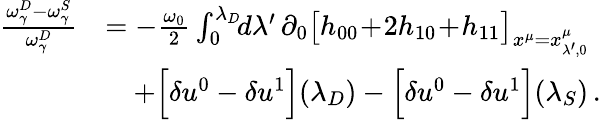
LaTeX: \begin{array}{rl}{\frac{\omega_{\gamma}^{D}-\omega_{\gamma}^{S}}{\omega_{\gamma}^{D}}}&{=-\frac{\omega_{0}}{2}\int_{0}^{\lambda_{D}}\! \! d\lambda^{\prime}\, \partial_{0}\big[h_{00}\! +\! 2h_{10}\! +\! h_{11}\big]_{x^{\mu}=x_{\lambda^{\prime},0}^{\mu}}}\\ &{\quad+\Big[\delta u^{0}-\delta u^{1}\Big](\lambda_{D})-\Big[\delta u^{0}-\delta u^{1}\Big](\lambda_{S})\, .}\end{array}